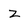
Character: z